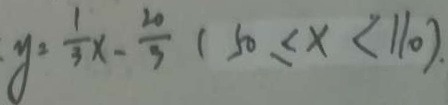
y = \frac { 1 } { 3 } x - \frac { 2 0 } { 3 } ( 5 0 \leq x < 1 1 0 ) .